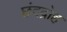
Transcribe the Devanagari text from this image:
छंदद्रोह